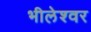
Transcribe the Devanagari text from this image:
भीलेश्‍वर